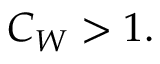
C _ { W } > 1 .